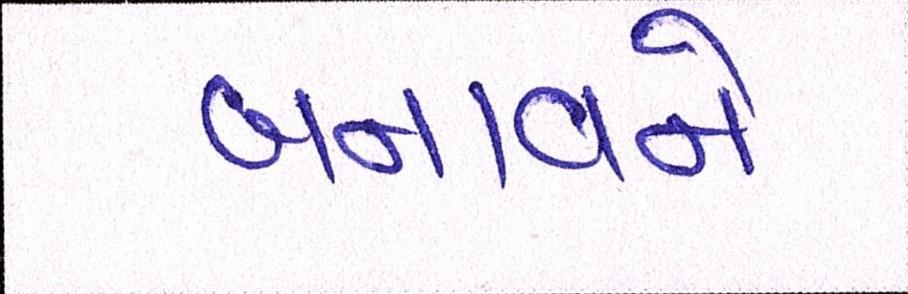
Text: બનાવને